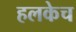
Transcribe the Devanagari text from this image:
हलकेच